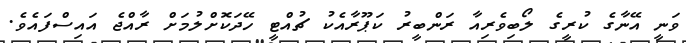
ވަނީ އޭނާގެ ކުރީގެ ލޯބިވެރިއާ ރަންބީރު ކަޕޫރާއެކު ޗުއްޓީ ހޭދަކޮށްލުމަށް ރާއްޖެ އައިސްފައެވެ.